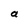
Character: a